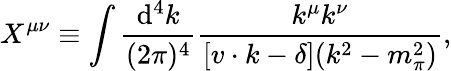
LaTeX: X^{\mu\nu}\equiv\int\frac{\mathrm{d}^{4}k}{(2\pi)^{4}}\frac{k^{\mu}k^{\nu}}{[v\cdot k-\delta](k^{2}-m_{\pi}^{2})},